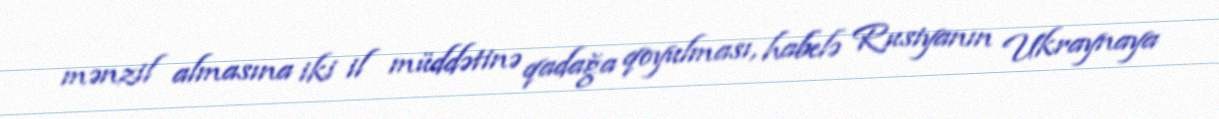
mənzil almasına iki il müddətinə qadağa qoyulması, habelə Rusiyanın Ukraynaya